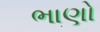
ભાણો